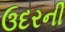
ઉદરની